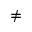
\neq